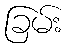
ခြမ်း